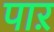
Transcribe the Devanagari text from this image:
पाऱ